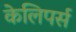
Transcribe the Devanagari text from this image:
केलिपर्स